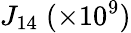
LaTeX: J_{14}\; (\times 10^{9})